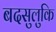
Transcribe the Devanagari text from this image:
बदसुलुकि